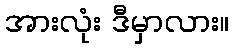
အားလုံး ဒီမှာလား။